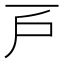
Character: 𢨥